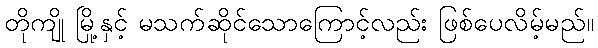
တိုကျို မြို့နှင့် မသက်ဆိုင်သောကြောင့်လည်း ဖြစ်ပေလိမ့်မည်။